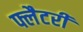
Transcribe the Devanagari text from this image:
फ्लैटरी